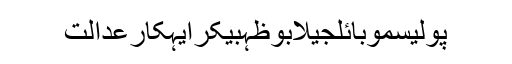
پولیسموبائلجیلابوظہبیکرایہکارعدالت